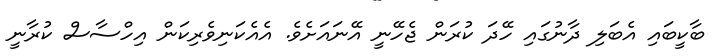
ބާކީބައި އެބަލި ދާނުގައި ހޭދަ ކުރަން ޖެހޭނީ އޭނައަށެވެ. އެއެކަނިވެރިކަން އިހްސާސް ކުރާނީ